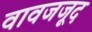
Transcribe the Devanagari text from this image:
वावजजूद